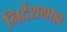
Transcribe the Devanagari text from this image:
निर्देशग्राह्य